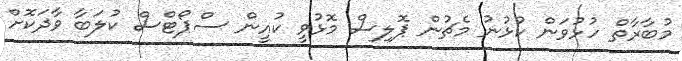
މުބާރާތް ހުޅުވަން ކުޅުނު މެޗުން ޕޮލިސް މޮޅުވީ ކުއީން ސްޕޯޓްސް ކުލަބާ ވާދަކޮށް